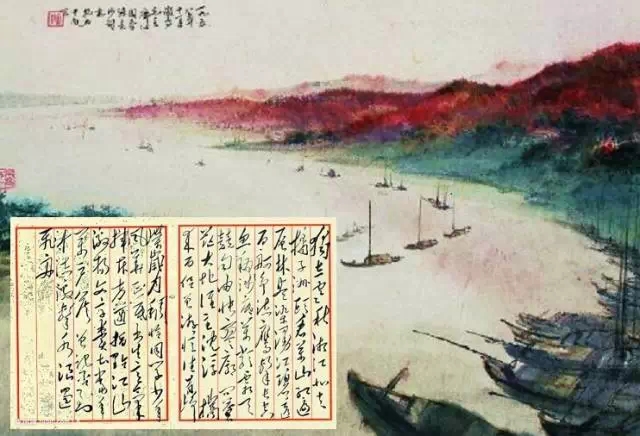
漫江碧透，百舸争流。